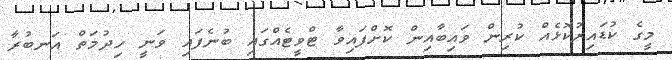
މީގެ ކުޑައިރުކޮޅެއް ކުރިން ވައިބާއިން ކޮށްފައިވާ ޓްވީޓެއްގައި ބުނެފައި ވަނީ ހިދުމަތް އަނބުރާ